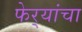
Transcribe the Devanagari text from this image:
फेर्‍यांचा